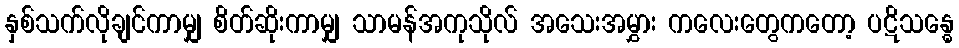
နှစ်သက်လိုချင်ကာမျှ စိတ်ဆိုးကာမျှ သာမန်အကုသိုလ် အသေးအမွှား ကလေးတွေကတော့ ပဋိသန္ဓေ